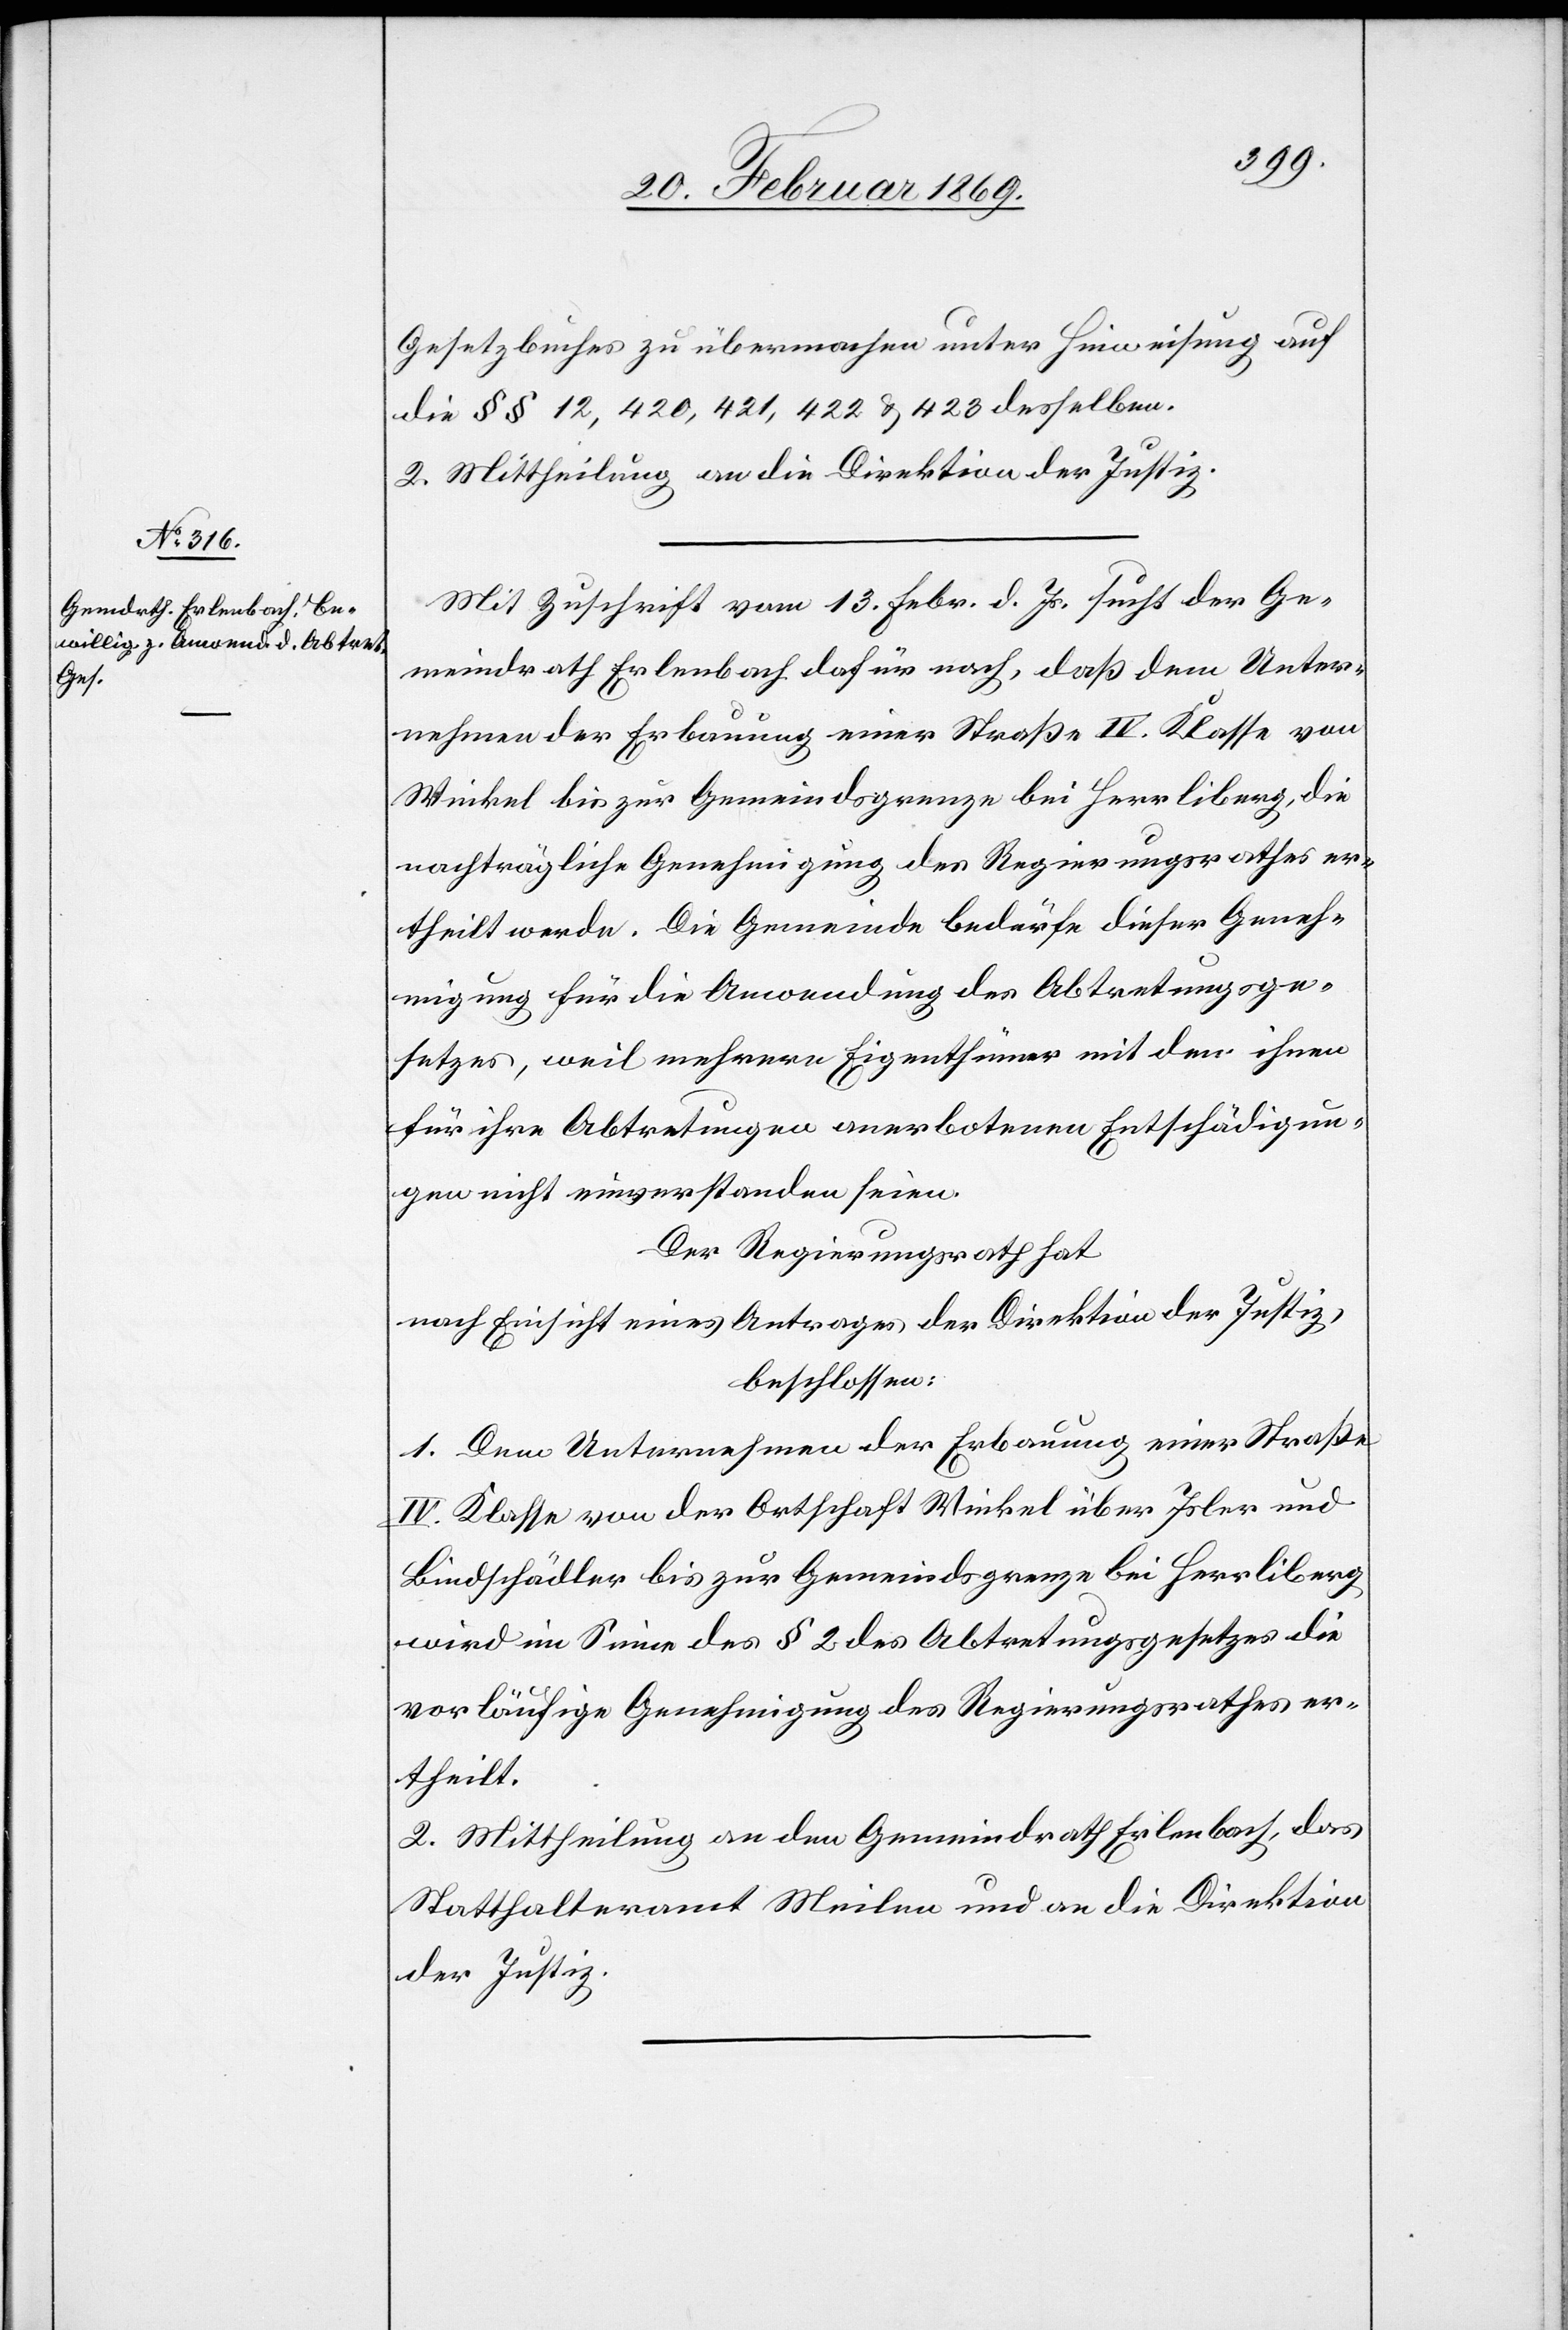
Gesetzbuches zu übermachen unter Hinweisung auf
die §§ 12,420,421,422 & 423 desselben.
2. Mittheilung an die Direktion der Justiz.
Mit Zuschrift vom 13. Febr. d. Js. sucht der Ge¬
meindrath Erlenbach dafür nach, daß dem Unter¬
nehmen der Erbauung einer Straße IV. Klasse von
Winkel bis zur Gemeindsgrenze bei Herrliberg, die
nachträgliche Genehmigung des Regierungsrathes er¬
theilt werde. Die Gemeinde bedürfe dieser Geneh¬
migung für die Anwendung des Abtretungsge¬
setzes, weil mehrern Eigenthümer mit den ihnen
für ihre Abtretungen anerbotenen Entschädigun¬
gen nicht einverstanden seien.
Der Regierungsrath hat
nach Einsicht eines Antrages der Direktion der Justiz,
beschlossen:
1. Dem Unternehmen der Erbauung einer Straße
IV. Klasse von der Ortschaft Winkel über Isler und
Bindschädler bis zur Gemeindsgrenze bei Herrliberg
wird im Sinne des § 2 des Abtretungsgesetzes die
vorläufige Genehmigung des Regierungsrathes er¬
theilt.
2. Mittheilung an den Gemeindrath Erlenbach, das
Statthalteramt Meilen und an die Direktion
der Justiz.